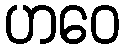
ဟဝေ